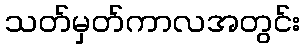
သတ်မှတ်ကာလအတွင်း